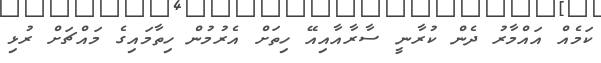
ކަމެއް އައްމާރު ދެން ކުރާނީ ސާރާއާއިއޭ ހިތަށް އެރުމުން ހިތާމައިގެ މައްޗަށް ރުޅި